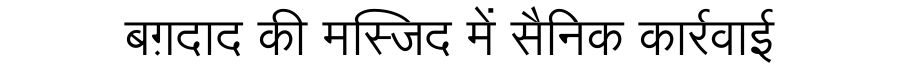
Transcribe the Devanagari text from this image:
बग़दाद की मस्जिद में सैनिक कार्रवाई